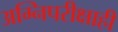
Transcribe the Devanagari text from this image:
अग्निपरीक्षाही